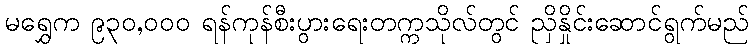
မရွှေက ၉၃၀,ဝဝဝ ရန်ကုန်စီးပွားရေးတက္ကသိုလ်တွင် ညှိနှိုင်းဆောင်ရွက်မည်